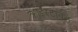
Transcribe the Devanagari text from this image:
क्राइस्टाबेल